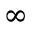
\infty